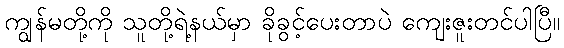
ကျွန်မတို့ကို သူတို့ရဲ့နယ်မှာ ခိုခွင့်ပေးတာပဲ ကျေးဇူးတင်ပါပြီ။